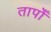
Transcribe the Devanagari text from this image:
तापोँ